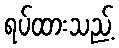
ရပ်ထားသည့်